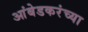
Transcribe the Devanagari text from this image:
आंबेडकरंच्या